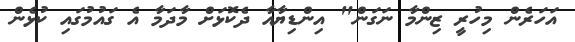
އަހަރެން މިހުރީ ޒިންމާ ނަގަން" އިންޑިޔާއާ ދެކޮޅަށް މާދަމާ އެ ގައުމުގައި ކުޅެން